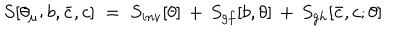
LaTeX: S [ \theta _ { \mu } ; b , { \bar { c } } , c ] \; = \; S _ { i n v } [ \theta ] \, + \, S _ { g f } [ b , \theta ] \, + \, S _ { g h } [ { \bar { c } } , c ; \theta ]